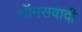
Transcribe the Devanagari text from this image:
थॉमसवादी